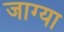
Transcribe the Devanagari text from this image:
जाग्या